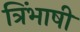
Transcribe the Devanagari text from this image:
त्रिंभाषी